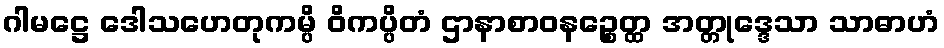
ဂါမဋ္ဌေ ဒေါသဟေတုကမ္ပိ ဝိကပ္ပိတံ ဌာနာစာဝနဉ္စေတ္ထ အတ္တုဒ္ဒေသာ သာဓာဟံ